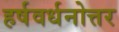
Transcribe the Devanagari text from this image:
हर्षवर्धनोत्तर